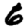
Digit: 6